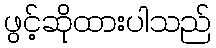
ဖွင့်ဆိုထားပါသည်